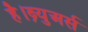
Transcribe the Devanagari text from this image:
है।ब्र्युअर्स